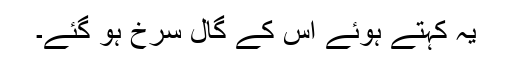
یہ کہتے ہوئے اس کے گال سرخ ہو گئے۔